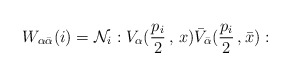
\begin{align*}W_{\alpha \bar{\alpha}}(i) = {\cal N}_{i} :V_{\alpha }(\frac{p_{i}}{2}\,,\,x)\bar{V}_{\bar{\alpha}}(\frac{p_{i}}{2}\,,\bar{x}):\end{align*}